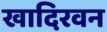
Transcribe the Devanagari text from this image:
खादिरवन